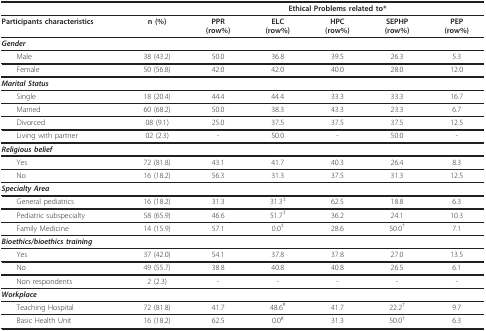
<table><thead><tr><td></td><td></td><td colspan="5"><b>Ethical Problems related to*</b></td></tr></thead><tbody><tr><td><b>Participants characteristics</b></td><td><b>n (%)</b></td><td><b>PPR</b><b>(row%)</b></td><td><b>ELC</b><b>(row%)</b></td><td><b>HPC</b><b>(row%)</b></td><td><b>SEPHP</b><b>(row%)</b></td><td><b>PEP</b><b>(row%)</b></td></tr><tr><td colspan="7"><b><i>Gender</i></b></td></tr><tr><td> Male</td><td>38 (43.2)</td><td>50.0</td><td>36.8</td><td>39.5</td><td>26.3</td><td>5.3</td></tr><tr><td> Female</td><td>50 (56.8)</td><td>42.0</td><td>42.0</td><td>40.0</td><td>28.0</td><td>12.0</td></tr><tr><td colspan="7"><b><i>Marital Status</i></b></td></tr><tr><td> Single</td><td>18 (20.4)</td><td>44.4</td><td>44.4</td><td>33.3</td><td>33.3</td><td>16.7</td></tr><tr><td> Married</td><td>60 (68.2)</td><td>50.0</td><td>38.3</td><td>43.3</td><td>23.3</td><td>6.7</td></tr><tr><td> Divorced</td><td>08 (9.1)</td><td>25.0</td><td>37.5</td><td>37.5</td><td>37.5</td><td>12.5</td></tr><tr><td> Living with partner</td><td>02 (2.3)</td><td>-</td><td>50.0</td><td>-</td><td>50.0</td><td>-</td></tr><tr><td colspan="7"><b><i>Religious belief</i></b></td></tr><tr><td> Yes</td><td>72 (81.8)</td><td>43.1</td><td>41.7</td><td>40.3</td><td>26.4</td><td>8.3</td></tr><tr><td> No</td><td>16 (18.2)</td><td>56.3</td><td>31.3</td><td>37.5</td><td>31.3</td><td>12.5</td></tr><tr><td colspan="7"><b><i>Specialty Area</i></b></td></tr><tr><td> General pediatrics</td><td>16 (18.2)</td><td>31.3</td><td>31.3<sup>‡</sup></td><td>62.5</td><td>18.8</td><td>6.3</td></tr><tr><td> Pediatric subspecialty</td><td>58 (65.9)</td><td>46.6</td><td>51.7<sup>‡</sup></td><td>36.2</td><td>24.1</td><td>10.3</td></tr><tr><td> Family Medicine</td><td>14 (15.9)</td><td>57.1</td><td>0.0<sup>‡</sup></td><td>28.6</td><td>50.0<sup>†</sup></td><td>7.1</td></tr><tr><td colspan="7"><b><i>Bioethics/bioethics training</i></b></td></tr><tr><td> Yes</td><td>37 (42.0)</td><td>54.1</td><td>37.8</td><td>37.8</td><td>27.0</td><td>13.5</td></tr><tr><td> No</td><td>49 (55.7)</td><td>38.8</td><td>40.8</td><td>40.8</td><td>26.5</td><td>6.1</td></tr><tr><td> Non respondents</td><td>2 (2.3)</td><td>-</td><td>-</td><td>-</td><td>-</td><td>-</td></tr><tr><td colspan="7"><b><i>Workplace</i></b></td></tr><tr><td> Teaching Hospital</td><td>72 (81.8)</td><td>41.7</td><td>48.6<sup>#</sup></td><td>41.7</td><td>22.2<sup>†</sup></td><td>9.7</td></tr><tr><td> Basic Health Unit</td><td>16 (18.2)</td><td>62.5</td><td>0.0<sup>#</sup></td><td>31.3</td><td>50.0<sup>†</sup></td><td>6.3</td></tr></tbody></table>